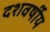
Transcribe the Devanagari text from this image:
दशवर्षीय